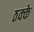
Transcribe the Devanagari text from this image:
ठक्के